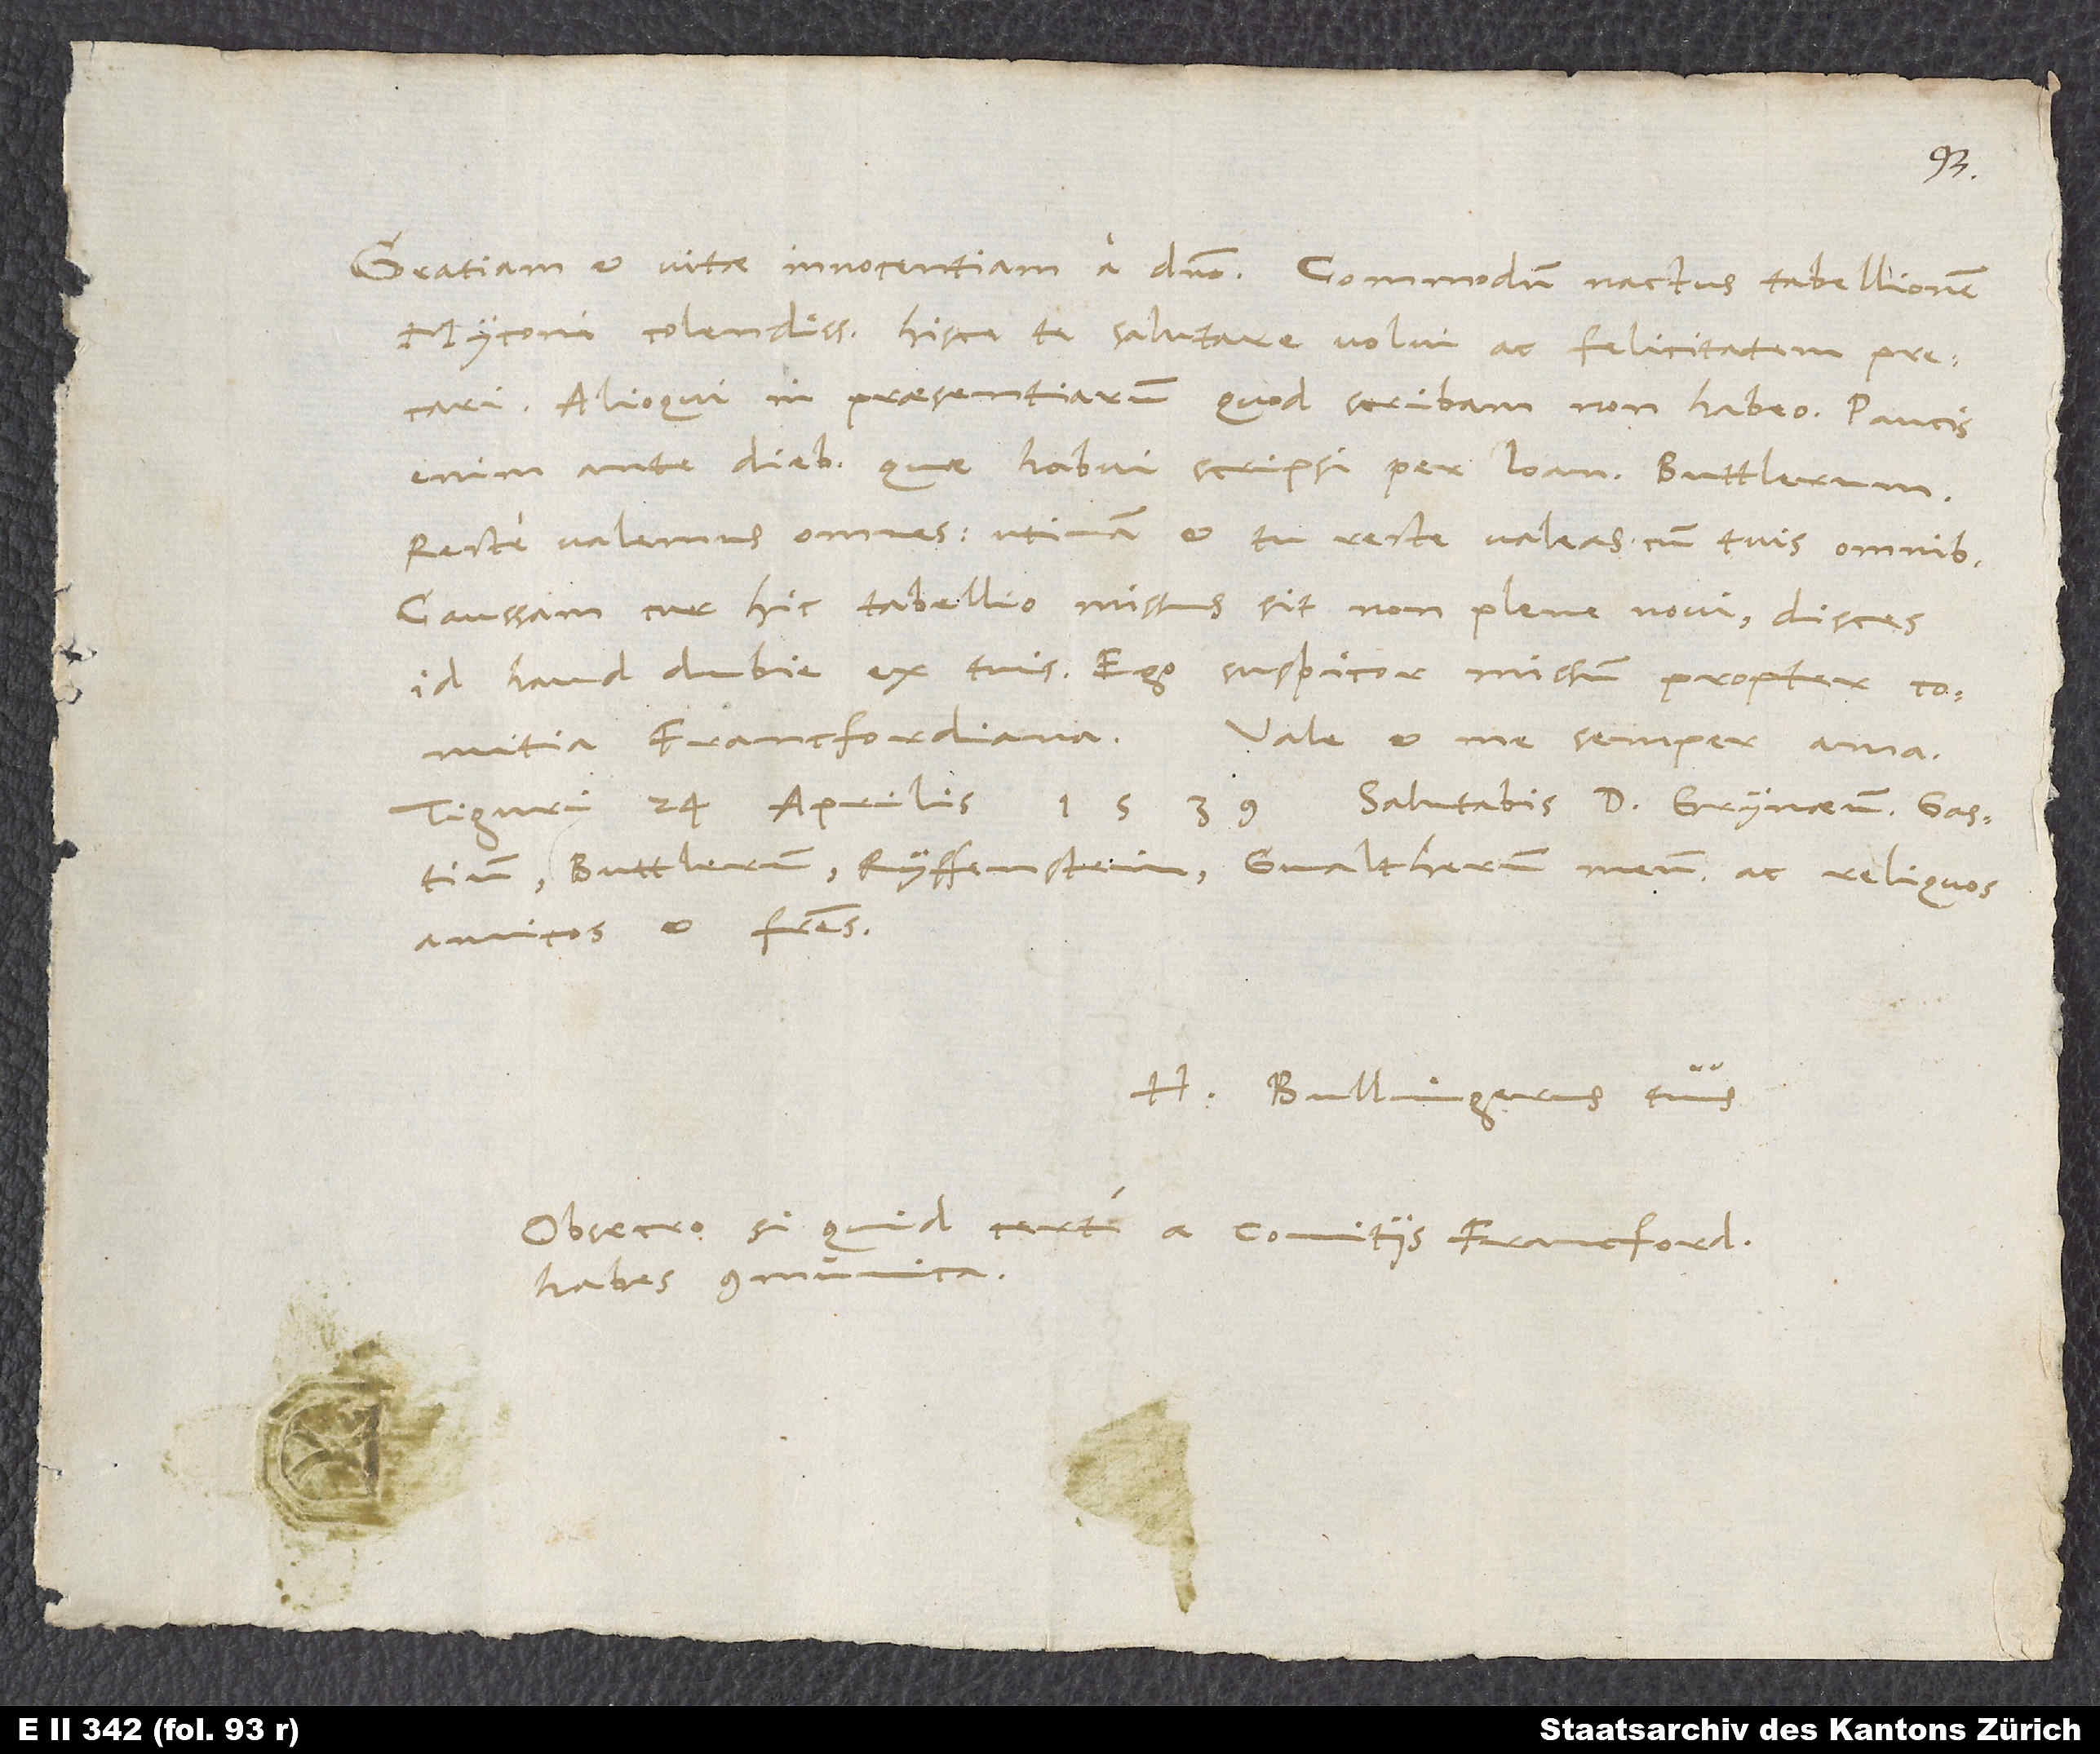
d.
Myconi colendissime, hisce te salutare volui ac felicitatem precari.
Alioqui in praesentiarum, quod scribam, non habeo. Paucis
enim ante diebus, quae habui, scripsi per Ioannem Buttlerum.
Recte valemus omnes; utinam et tu recte valeas cum tuis omnibus.
Caussam, cur hic tabellio missus sit, non plane novi; disces
id haud dubie ex tuis. Ego suspicor missum propter comitia
Francfordiana. Vale et me semper ama.
Buttlerum, Ryffenstein, Gvaltherum meum ac reliquos
amicos et fratres.
H. Bullingerus tuus.
Obsecro, si quid certi a comitiis Francfordianis
habes, communica.